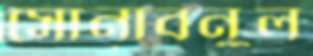
সোনাবনুল